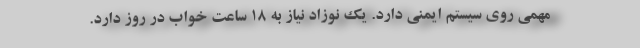
مهمی روی سیستم ایمنی دارد. یک نوزاد نیاز به ۱۸ ساعت خواب در روز دارد.